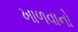
ખાળવાનો